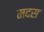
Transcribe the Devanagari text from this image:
मदस